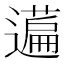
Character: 𬞤